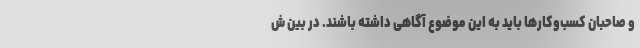
و صاحبان کسب‌وکارها باید به این موضوع آگاهی داشته باشند. در بین ش